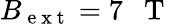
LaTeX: B_{\mathrm{~e~x~t~}}=7\mathrm{~~~T~}